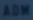
ADW